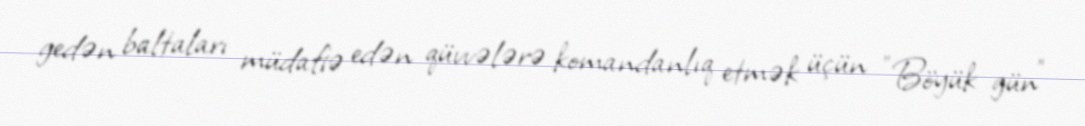
gedən baltaları müdafiə edən qüvvələrə komandanlıq etmək üçün "Böyük gün"